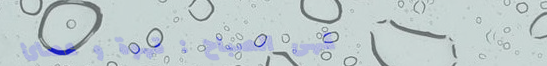
مقهى الصباح : قهوة و عصائ